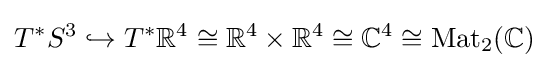
T^{*}S^{3}\hookrightarrow T^{*}\mathbb {R} ^{4}\cong \mathbb {R} ^{4}\times \mathbb {R} ^{4}\cong \mathbb {C} ^{4}\cong \operatorname {Mat} _{2}(\mathbb {C} )